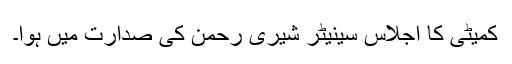
کمیٹی کا اجلاس سینیٹر شیری رحمن کی صدارت میں ہوا۔